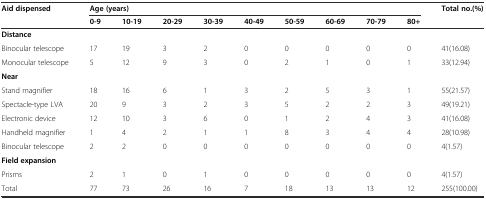
<table><thead><tr><td rowspan="2"><b>Aid dispensed</b></td><td colspan="9"><b>Age (years)</b></td><td rowspan="2"><b>Total no.(%)</b></td></tr><tr><td><b>0-9</b></td><td><b>10-19</b></td><td><b>20-29</b></td><td><b>30-39</b></td><td><b>40-49</b></td><td><b>50-59</b></td><td><b>60-69</b></td><td><b>70-79</b></td><td><b>80+</b></td></tr></thead><tbody><tr><td><b>Distance</b></td><td></td><td></td><td></td><td></td><td></td><td></td><td></td><td></td><td></td><td></td></tr><tr><td>Binocular telescope</td><td>17</td><td>19</td><td>3</td><td>2</td><td>0</td><td>0</td><td>0</td><td>0</td><td>0</td><td>41(16.08)</td></tr><tr><td>Monocular telescope</td><td>5</td><td>12</td><td>9</td><td>3</td><td>0</td><td>2</td><td>1</td><td>0</td><td>1</td><td>33(12.94)</td></tr><tr><td><b>Near</b></td><td></td><td></td><td></td><td></td><td></td><td></td><td></td><td></td><td></td><td></td></tr><tr><td>Stand magnifier</td><td>18</td><td>16</td><td>6</td><td>1</td><td>3</td><td>2</td><td>5</td><td>3</td><td>1</td><td>55(21.57)</td></tr><tr><td>Spectacle-type LVA</td><td>20</td><td>9</td><td>3</td><td>2</td><td>3</td><td>5</td><td>2</td><td>2</td><td>3</td><td>49(19.21)</td></tr><tr><td>Electronic device</td><td>12</td><td>10</td><td>3</td><td>6</td><td>0</td><td>1</td><td>2</td><td>4</td><td>3</td><td>41(16.08)</td></tr><tr><td>Handheld magnifier</td><td>1</td><td>4</td><td>2</td><td>1</td><td>1</td><td>8</td><td>3</td><td>4</td><td>4</td><td>28(10.98)</td></tr><tr><td>Binocular telescope</td><td>2</td><td>2</td><td>0</td><td>0</td><td>0</td><td>0</td><td>0</td><td>0</td><td>0</td><td>4(1.57)</td></tr><tr><td><b>Field expansion</b></td><td></td><td></td><td></td><td></td><td></td><td></td><td></td><td></td><td></td><td></td></tr><tr><td>Prisms</td><td>2</td><td>1</td><td>0</td><td>1</td><td>0</td><td>0</td><td>0</td><td>0</td><td>0</td><td>4(1.57)</td></tr><tr><td>Total</td><td>77</td><td>73</td><td>26</td><td>16</td><td>7</td><td>18</td><td>13</td><td>13</td><td>12</td><td>255(100.00)</td></tr></tbody></table>